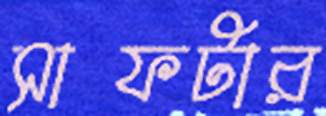
সাফটার